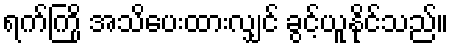
ရက်ကြို အသိပေးထားလျှင် ခွင့်ယူနိုင်သည်။